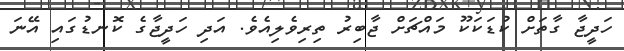
ހަދީޖާ ގާތަށް ކުޑަކަކޫ މައްޗަށް ޖާބިރު ތިރިވެލިއެވެ. އަދި ހަދީޖާގެ ކޮނޑުގައި އޭނަ